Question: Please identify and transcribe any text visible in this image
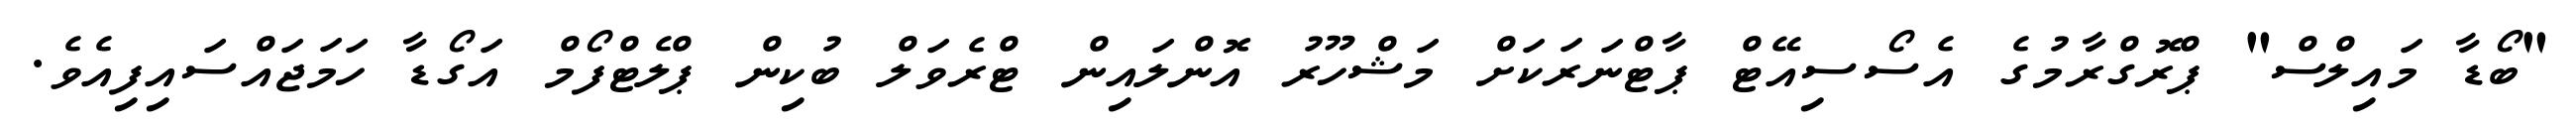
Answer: "ބޯޑާ މައިލްސް" ޕްރޮގްރާމުގެ އެސޯސިއޭޓް ޕާޓްނަރަކަށް މަޝްހޫރު އޮންލައިން ޓްރެވަލް ބުކިން ޕްލެޓްފޯމް އަގޯޑާ ހަމަޖައްސައިފިއެވެ.